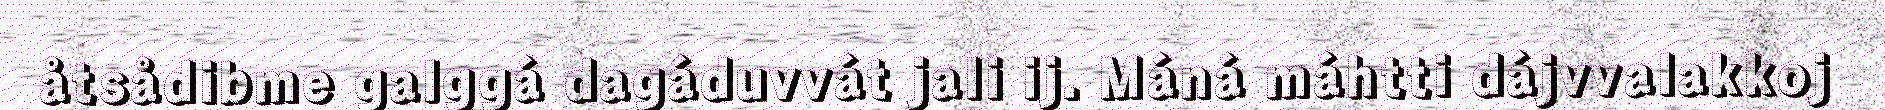
åtsådibme galggá dagáduvvát jali ij. Máná máhtti dájvvalakkoj